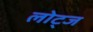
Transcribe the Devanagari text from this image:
लोट्ज